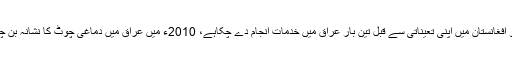
بیلز جو افغانستان میں اپنی تعیناتی سے قبل تین بار عراق میں خدمات انجام دے چکاہے، 2010ء میں عراق میں دماغی چوٹ کا نشانہ بن چکاہے۔